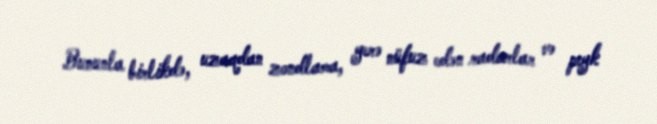
Bununla birlikdə, uzaqdan zondlama, yerə nüfuz edən radarlar və peyk